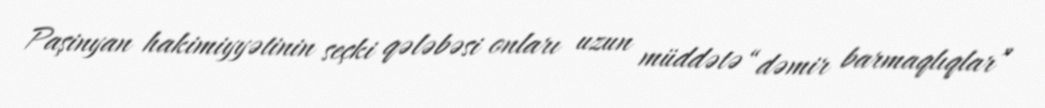
Paşinyan hakimiyyətinin seçki qələbəsi onları uzun müddətə “dəmir barmaqlıqlar”